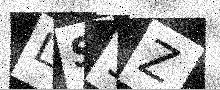
Text: LS9Z